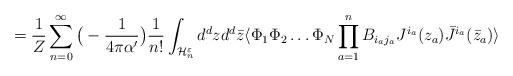
LaTeX: \begin{align*}= {1 \over Z} \sum_{n=0}^{\infty} \big(- {1 \over 4 \pi \alpha '} \big) {1 \over n!}\int_{{\cal H}_n^{\varepsilon}} d^d z d^d \bar{z} \langle \Phi_1 \Phi_2 \dots \Phi_N\prod_{a=1}^n B_{i_a j_a} J^{i_a}(z_a) \bar{J}^{i_a}(\bar{z}_a) \rangle\end{align*}